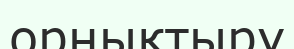
орнықтыру